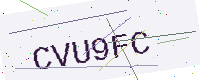
Text: CVU9FC